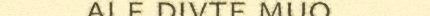
ale divte muo